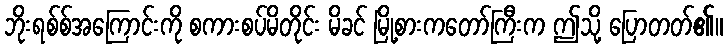
ဘိုးရစ်စ်အကြောင်းကို စကားစပ်မိတိုင်း မိခင် မြို့စားကတော်ကြီးက ဤသို့ ပြောတတ်၏။